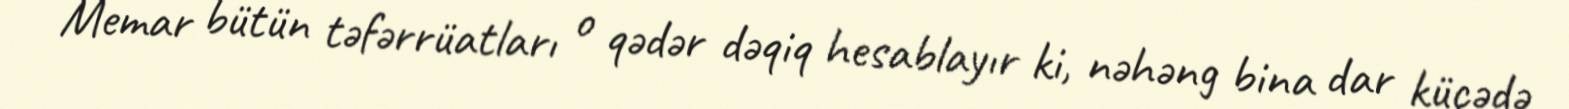
Memar bütün təfərrüatları o qədər dəqiq hesablayır ki, nəhəng bina dar küçədə